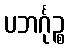
ပဘင်္ဂုဉ္စ